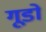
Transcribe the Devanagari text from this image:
गूडो